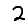
Digit: 2